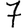
Digit: 7